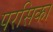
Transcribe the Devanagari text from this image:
परसिका